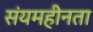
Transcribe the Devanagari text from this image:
संयमहीनता